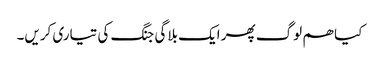
کیا ھم لوگ پھر ایک بلاگی جنگ کی تیاری کریں۔